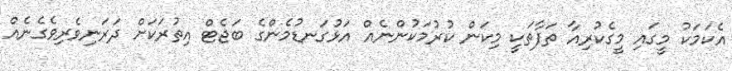
އެކަމަކު މީގައި މީގެކުރިއާ ތަފާތަކީ މިކަން ކުރުމަކުންނެއް އަޅުގަނޑުމެންގެ ބަޖެޓް އިތުރަކަށް ދަރަނިވެރިވެގެނެއް